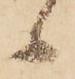
候